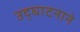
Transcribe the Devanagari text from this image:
उद्घाटनाने